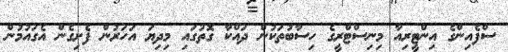
ސްފެއިންގެ އިންޓީރިއާ މިނިސްޓްރީގެ ހިސާބުތަކުން ދައްކާ ގޮތުގައި މިދިޔަ އަހަރުން ފެށިގެން އެގައުމުން